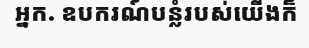
អ្នក. ឧបករណ៍បន្លំរបស់យើងក៏